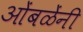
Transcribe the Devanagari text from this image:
ओंबळेंनी